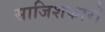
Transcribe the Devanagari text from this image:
साजिशकारों